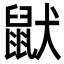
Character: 鼣